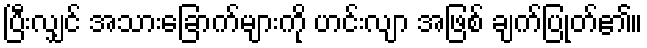
ပြီးလျှင် အသားခြောက်များကို ဟင်းလျာ အဖြစ် ချက်ပြုတ်၏။